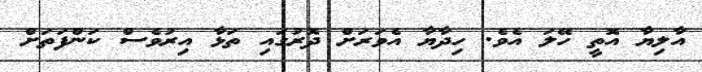
އާލިޔާ އޮތީ ހޭލަ އެވެ. ހިދާޔާ އެވަރަށް ދޮރުގައި ތަޅާ އިރުވެސް ކަންފަތަށް